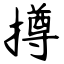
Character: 撙